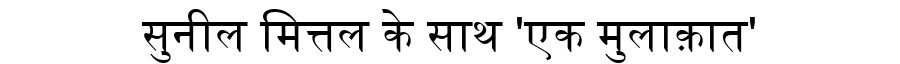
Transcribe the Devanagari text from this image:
सुनील मित्तल के साथ 'एक मुलाक़ात'